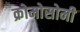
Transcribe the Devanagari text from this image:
क्रोमोसोमी